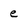
Character: e